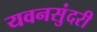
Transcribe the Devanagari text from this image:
यवनसुंदरी